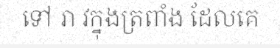
ទៅ រា វក្នុងត្រពាំង ដែលគេ